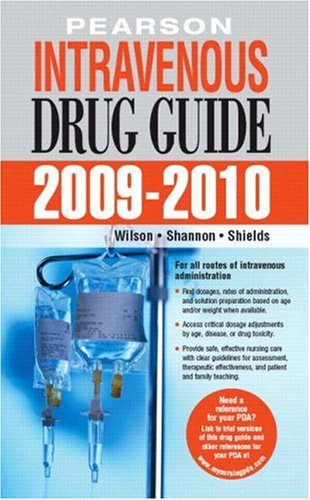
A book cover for Pearson Intravenous Drug Guide 2009-2010; Billie A. Wilson; Medical Books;